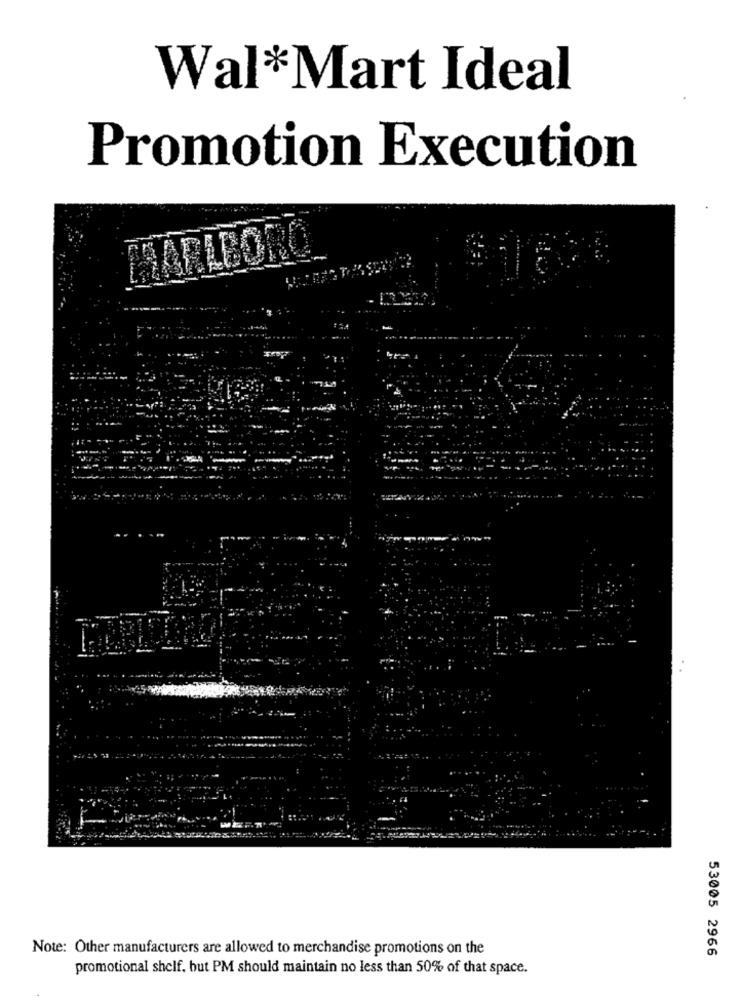
Wal*Mart Ideal
Promotion Execution
MARLBORO
Note: Other manufacturers are allowed to merchandise promotions on the
53005 2966
promotional shelf. but PM should maintain no less than 50% of that space.